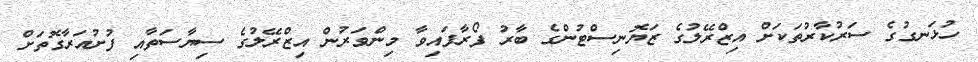
ހުޅަނގުގެ ސަރުކާރުތަކަށް އިޒްރޭލުގެ ޒަޔޮނިސްޓުންގެ ބާރު ފޯރާފައިވާ މިންވަރުން އިޒްރޭލުގެ ސިޔާސަތާއި ފުށުއަރާގޮތަށް